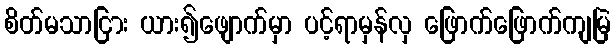
စိတ်မသာငြား ယား၍ဖျောက်မှာ ပင့်ရာမှန်လှ ဖြောက်ဖြောက်ကျမြဲ